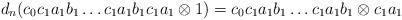
LaTeX: \begin{align*}d_n(c_0c_1a_1b_1 \dots c_1a_1b_1c_1a_1 \otimes 1) = c_0c_1a_1b_1 \dots c_1a_1b_1 \otimes c_1a_1\end{align*}